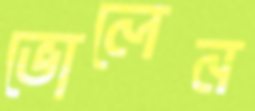
ভোলেন